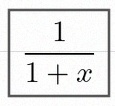
\frac{1}{1+x}